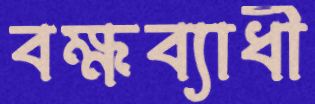
বক্ষব্যাধী